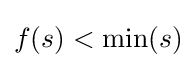
f(s)<\min(s)